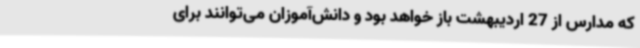
که مدارس از 27 اردیبهشت باز خواهد بود و دانش‌آموزان می‌توانند برای